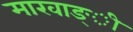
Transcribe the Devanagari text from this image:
मारवाङ्ी